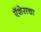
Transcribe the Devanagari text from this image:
ऍशेसचा